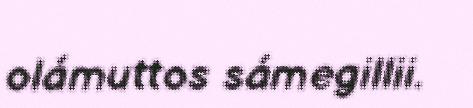
olámuttos sámegillii.